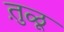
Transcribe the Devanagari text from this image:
तु़ळू